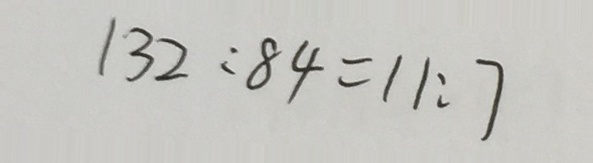
1 3 2 : 8 4 = 1 1 : 7